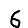
Digit: 6